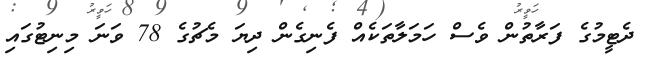
ދެޓީމުގެ ފަރާތުން ވެސް ހަމަލާތަކެއް ފެނިގެން ދިޔަ މެޗުގެ 78 ވަނަ މިނިޓުގައި